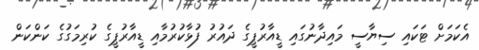
އެކަމަށް ޓަކައި ސިޔާސީ މައިދާނުގައި ޑީއާރުޕީގެ ދައުރު ފުޅާކުރުމާއި ޑީއާރުޕީގެ ކުރިމަގުގެ ކަންކަން